Vaccination North-Western Provinces and Oudh 1878-1895 - 1878-1895
Year: 1878
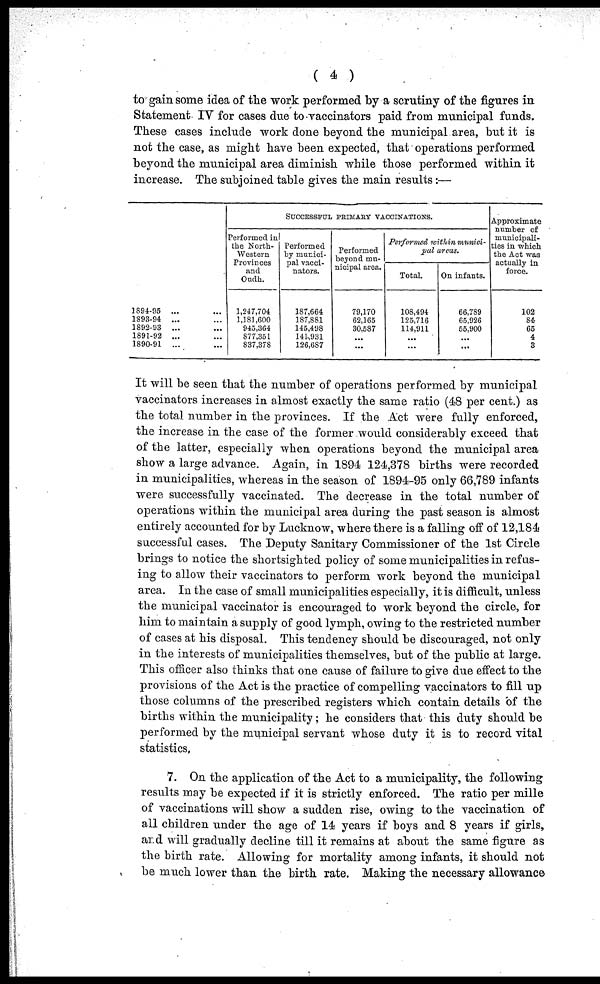
( 4 )
to gain some idea of the work performed by a scrutiny of the figures in
Statement IV for cases due to vaccinators paid from municipal funds.
These cases include work done beyond the municipal area, but it is
not the case, as might have been expected, that operations performed
beyond the municipal area diminish while those performed within it
increase. The subjoined table gives the main results:—
1894-96 ... ...
1893-94 ... ...
1892-93 ... ...
1891-92 ... ...
1890-91 ... ...
SUCCESSFUL PRIMARY VACCINATIONS.
Performed in
the North-
western
Provinces
and
Oudh.
1,247,704
1,181,600
945,364
877,351
837,378
Performed
by munici-
pal vacci-
nators.
187,664
187,881
145,498
141,931
126,687
Performed
beyond mu-
nicipal area.
79,170
62,165
30,587
...
...
Performed within munici-
pal areas.
Total.
108,494
125,716
114,911
...
...
On infants.
66,789
65,926
55,900
...
...
Approximate
number of
municipali-
ties in which
the Act was
actually in
force.
102
84
65
4
3
It will be seen that the number of operations performed by municipal
vaccinators increases in almost exactly the same ratio (48 per cent.) as
the total number in the provinces. If the Act were fully enforced,
the increase in the case of the former would considerably exceed that
of the latter, especially when operations beyond the municipal area
show a large advance. Again, in 1894 124,378 births were recorded
in municipalities, whereas in the season of 1894-95 only 66,789 infants
were successfully vaccinated. The decrease in the total number of
operations within the municipal area during the past season is almost
entirely accounted for by Lucknow, where there is a falling off of 12,184
successful cases. The Deputy Sanitary Commissioner of the 1st Circle
brings to notice the shortsighted policy of some municipalities in refus-
ing to allow their vaccinators to perform work beyond the municipal
area. In the case of small municipalities especially, it is difficult, unless
the municipal vaccinator is encouraged to work beyond the circle, for
him to maintain a supply of good lymph, owing to the restricted number
of cases at his disposal. This tendency should be discouraged, not only
in the interests of municipalities themselves, but of the public at large.
This officer also thinks that one cause of failure to give due effect to the
provisions of the Act is the practice of compelling vaccinators to fill up
those columns of the prescribed registers which contain details of the
births within the municipality; he considers that this duty should be
performed by the municipal servant whose duty it is to record vital
statistics,
7. On the application of the Act to a municipality, the following
results may be expected if it is strictly enforced. The ratio per mille
of vaccinations will show a sudden rise, owing to the vaccination of
all children under the age of 14 years if boys and 8 years if girls,
and will gradually decline till it remains at about the same figure as
the birth rate. Allowing for mortality among infants, it should not
be much lower than the birth rate. Making the necessary allowance